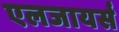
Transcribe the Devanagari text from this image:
एलजायर्स